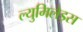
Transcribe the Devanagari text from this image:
ल्युमिलेड्स